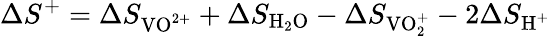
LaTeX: \Delta S^{+}=\Delta S_{\textrm{VO}^{2+}}+\Delta S_{\textrm{H}_{2}\textrm{O}}-\Delta S_{\textrm{VO}_{2}^{+}}-2\Delta S_{\textrm{H}^{+}}